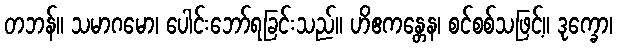
တဘန်။ သမာဂမော၊ ပေါင်းဘော်ရခြင်းသည်။ ဟိဧကန္တေန၊ စင်စစ်သဖြင့်။ ဒုက္ခော၊